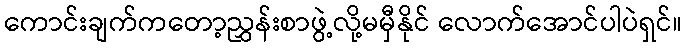
ကောင်းချက်ကတော့ညွှန်းစာဖွဲ့လို့မမှီနိုင် လောက်အောင်ပါပဲရှင်။